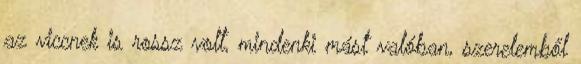
az viccnek is rossz volt, mindenki mást valóban, szerelemből